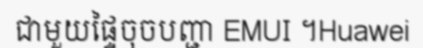
ជាមួយផ្ទៃចុចបញ្ជា EMUI ។Huawei